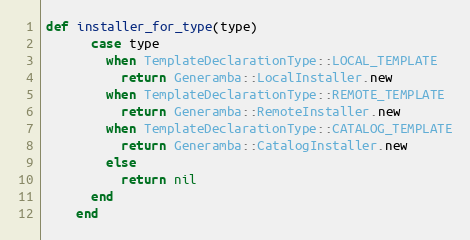
Language: Ruby
def installer_for_type(type)
      case type
        when TemplateDeclarationType::LOCAL_TEMPLATE
          return Generamba::LocalInstaller.new
        when TemplateDeclarationType::REMOTE_TEMPLATE
          return Generamba::RemoteInstaller.new
        when TemplateDeclarationType::CATALOG_TEMPLATE
          return Generamba::CatalogInstaller.new
        else
          return nil
      end
    end